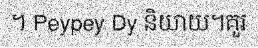
។ Peypey Dy និយាយ។គួរ